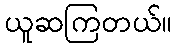
ယူဆကြတယ်။